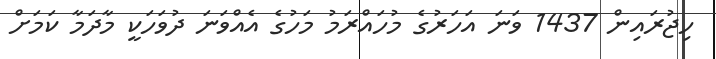
ހިޖުރައިން 1437 ވަނަ އަހަރުގެ މުހައްރަމު މަހުގެ އެއްވަނަ ދުވަހަކީ މާދަމާ ކަމަށް